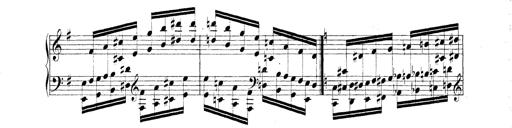
Title: Technische Studien
Composer: Franz Liszt